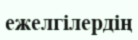
ежелгілердің